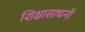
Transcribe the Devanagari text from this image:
शिक्षासाधनों